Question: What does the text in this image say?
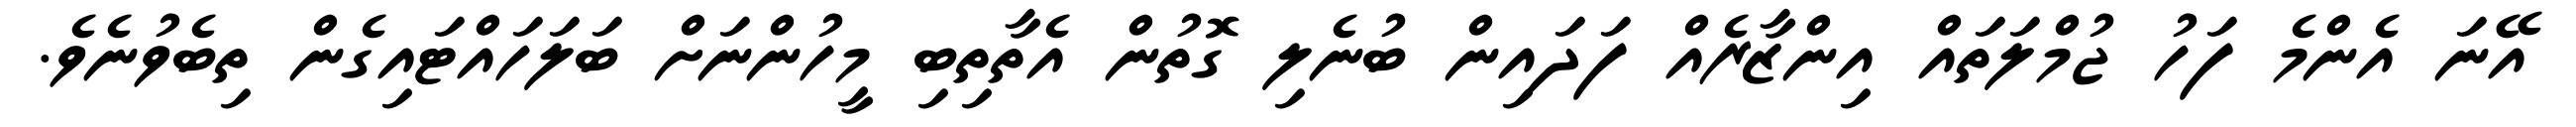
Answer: އޭނަ އެންމެ ފަހު ޖުމްލަތައް އިންޒާރެއް ފަދައިން ބުނެލި ގޮތުން އެތާތިބި މީހުންނަށް ބަލަހައްޓައިގެން ތިބެވުނެވެ.